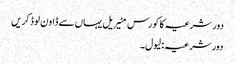
دور شرعیہ کا کورس مٹیریل یہاں سے ڈاون لوڈ کریں
دور شرعیہ : لیول۔